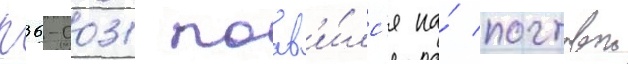
п36-0031 поав'и́лс'я на́ почтовои